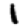
Digit: 1